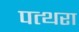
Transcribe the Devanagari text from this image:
पत्थरा